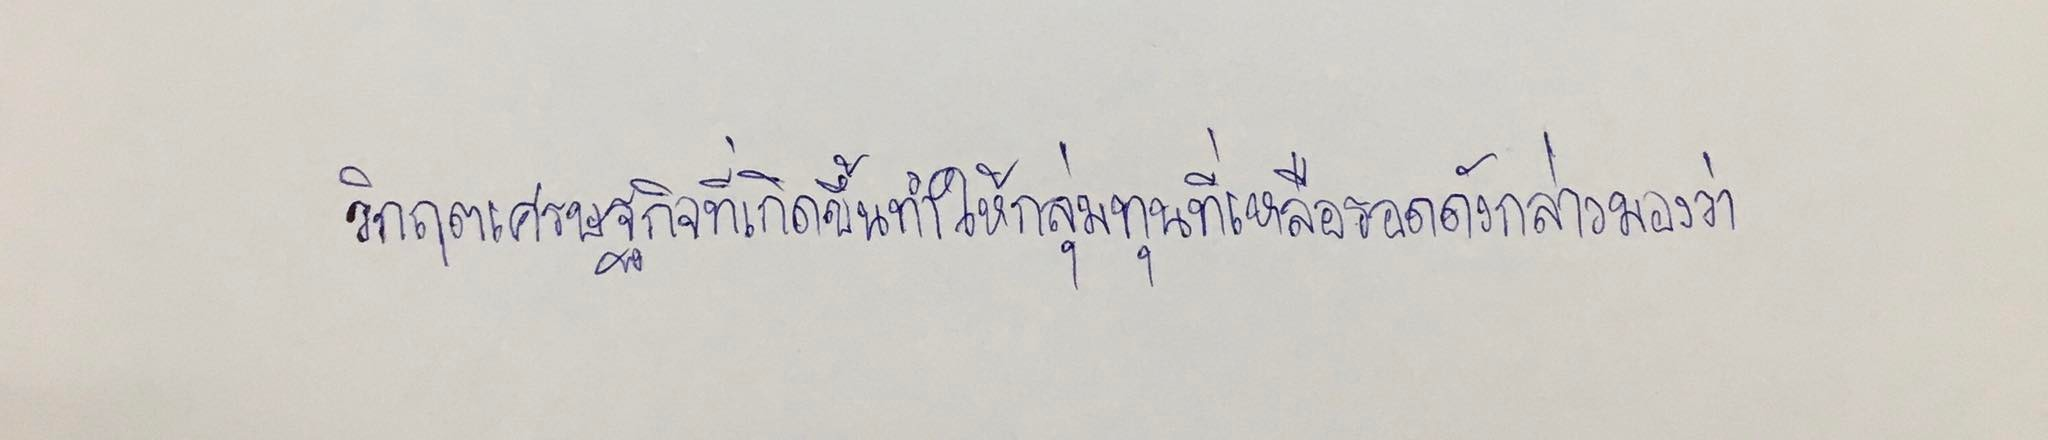
วิกฤตเศรษฐกิจที่เกิดขึ้นทำให้กลุ่มทุนที่เหลือรอดดังกล่าวมองว่า